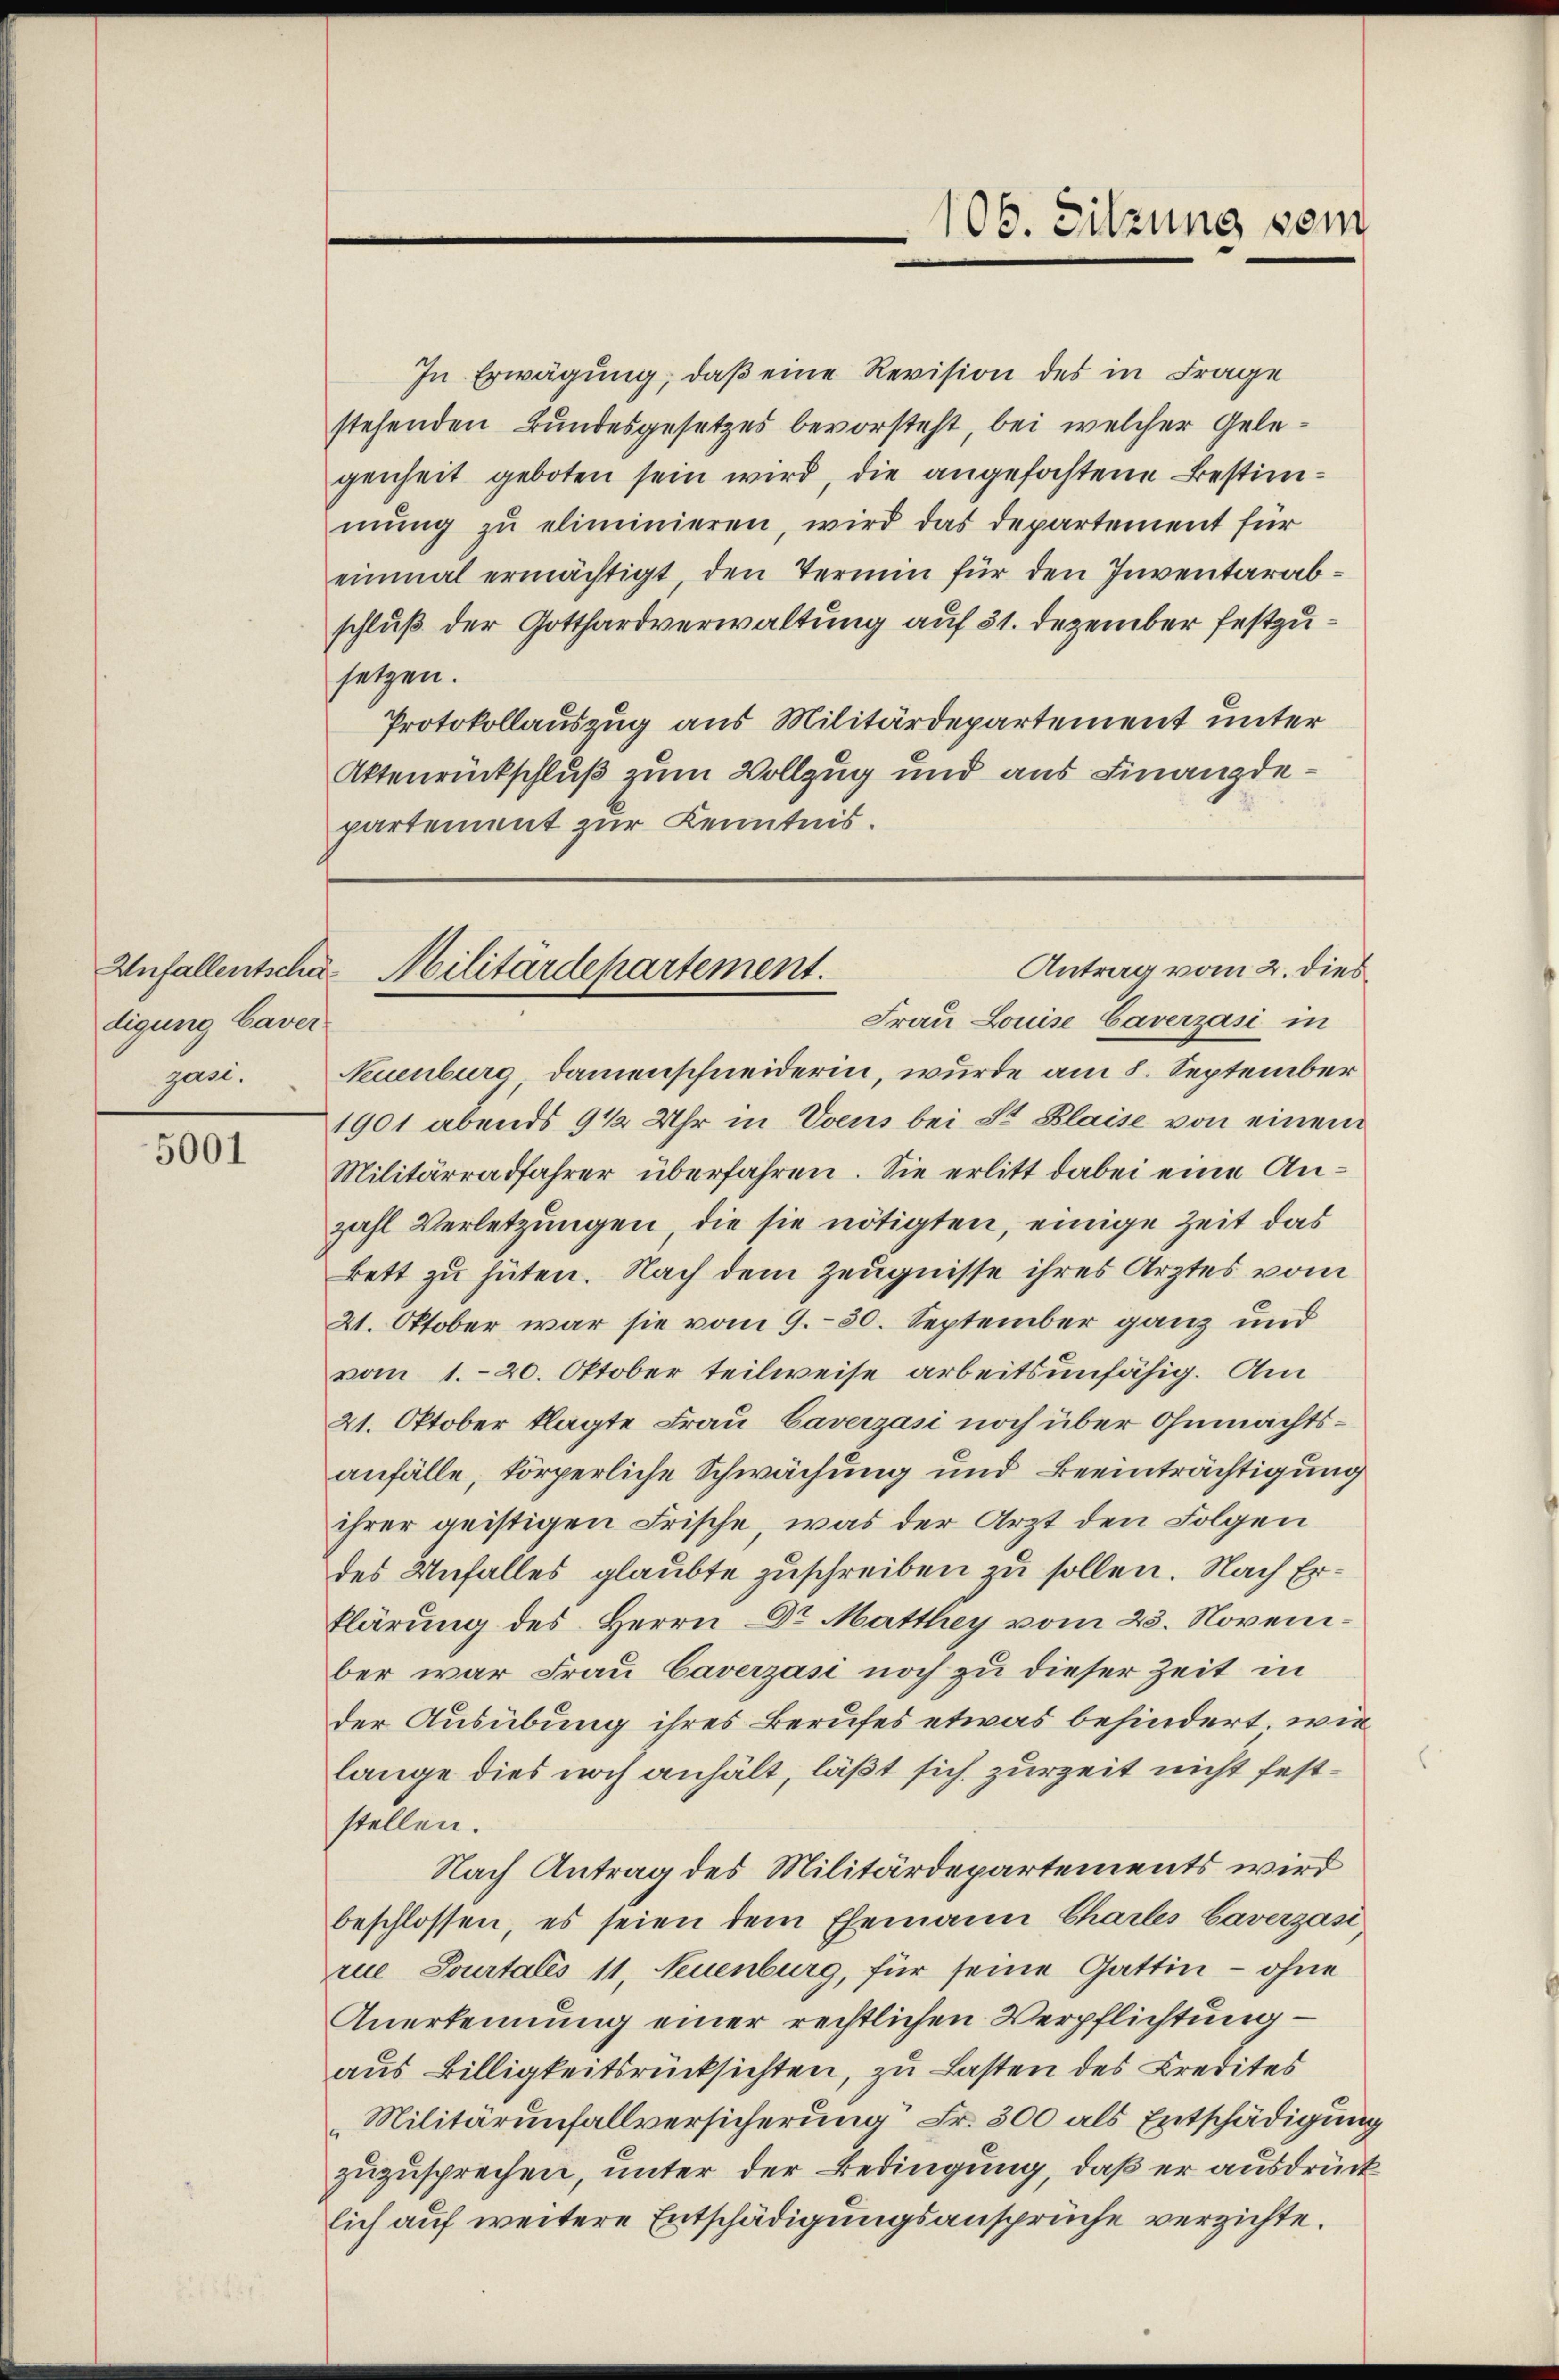
digung Caver
gan.

5001

In Erwägung, daβ eine Revision des in Frage
stehenden Bundesgesetzes bevorsteht, bei welcher Gelegenheit geboten sein wird, die angefochtene Bestimmŭng zŭ eliminieren, wird das Departement für
einmal ermächtigt den Termin für den Inventarabschluß der Gotthardverwaltung auf 31. Dezember festzusetzen.
Protokollauszug aus Militärdepartement unter
Aktenrückschluß zum Vollzug und aus Finanzdepartement zur Kenntnis.

106. Sitzung vom

Antrag vom 2. dies
Unfallentsche Militärdepartement.

Frau Louise Caverzasi in
Neuenburg, Damenschneiderin, wurde am 8. September
1901 abends 9 1/2 Uhr in Vvens bei St. Blaise von einem
Militärradfahrer überfahren. Sie erlitt dabei eine Anzahl Verletzungen die sie nötigten, einige Zeit das
kett zu hüten. Nach dem Zeugnisse ihres Arztes vom
21. Oktober war sie vom 9.30. September ganz und
vom 1. 20. Oktober teilweise arbeitsunfähig. Am
21. Oktober klagte Frau Caverzasi noch über Ohnmachtsanfälle, körperliche Schwächung und Beeinträchtigung
ihrer geistigen Frische, was der Arzt den Folgen
des Unfalles glaubte zuschreiben zu sollen. Nach Erklärung des Herrn Dr Matthey vom 23. November war Frau Caverzasi noch zu dieser Zeit in
der Ausübung ihres Berufes etwas behindert, wie
lange dies noch anhält, läßt sich zur Zeit nicht feststellen.
Nach Antrag des Militärdepartements wird
beschlossen, es seien dem Ehemann Charles baverzasi
rue Sourtalis 11, Neuenburg, für seine Gattin - ohne
Anerkennung einer rechtlichen Verpflichtung –
aus Billigkeitsrücksichten, zu Lasten des Credites
Militärunfallversicherung Fr. 300 als Entschädigung
zuzusprechen, unter der Bedingung, daß er ausdrück
lich auf weitere Entschädigungsansprüche verzichte.